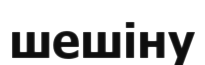
шешіну